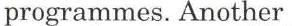
programmes. Another